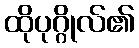
ထိုပုဂ္ဂိုလ်၏